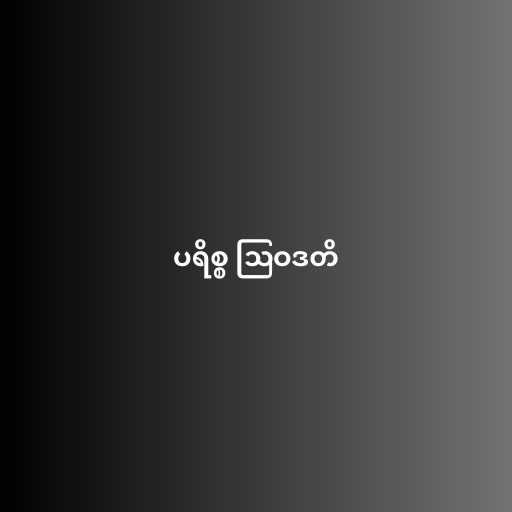
ပရိစ္စ ဩဝဒတိ